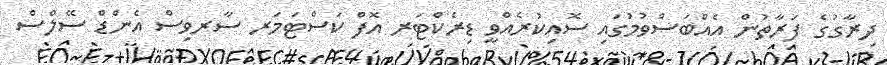
ދިރާގުގެ ފަރާތުން އެއްބަސްވުމުގައި ސޮއިކުރެއްވީ ޑިރެކްޓަރ އޮފް ކަސްޓަމަރ ސާރވިސް އެންޑް ސޭލްސް